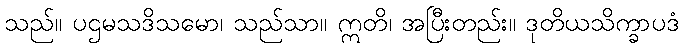
သည်။ ပဌမသဒိသမော၊ သည်သာ။ ဣတိ၊ အပြီးတည်း။ ဒုတိယသိက္ခာပဒံ